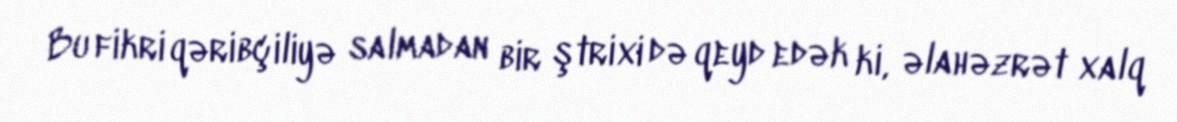
Bu fikri qəribçiliyə salmadan bir ştrixi də qeyd edək ki, əlahəzrət xalq